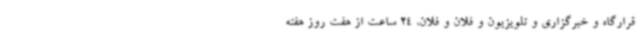
قرارگاه و خبرگزاری و تلویزیون و فلان و فلان، 24 ساعت از هفت روز هفته